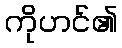
ကိုဟင်၏